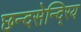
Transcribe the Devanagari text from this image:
छन्दसेन्दि्रय